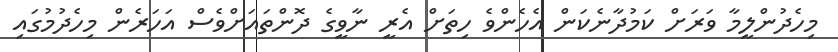
މިހެދުންލީމާ ވަރަށް ކަމުދާނެކަން އެހެންވެ ހިތަށް އެރީ ނާވީގެ ދޮންތައަށްވެސް އަހަރެން މިހެދުމުގައި